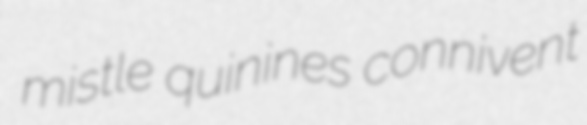
mistle quinines connivent